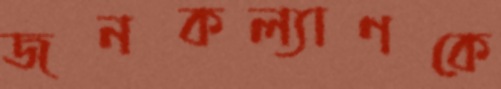
জনকল্যাণকে